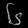
Digit: ၆